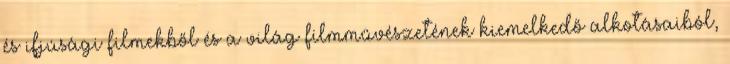
és ifjúsági filmekből és a világ filmművészetének kiemelkedő alkotásaiból,